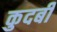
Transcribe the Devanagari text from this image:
कुदबी